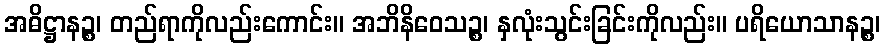
အဓိဋ္ဌာနဉ္စ၊ တည်ရာကိုလည်းကောင်း။ အဘိနိဝေသဉ္စ၊ နှလုံးသွင်းခြင်းကိုလည်း။ ပရိယောသာနဉ္စ၊